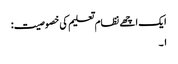
ایک اچھے نظام تعلیم کی خصوصیت:
۱۔